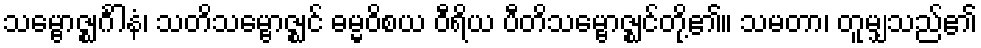
သမ္ဗောဇ္ဈင်္ဂါနံ၊ သတိသမ္ဗောဇ္ဈင် ဓမ္မဝိစယ ဝီရိယ ပီတိသမ္ဗောဇ္ဈင်တို့၏။ သမတာ၊ တူမျှသည်၏